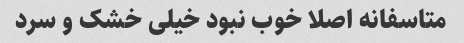
متاسفانه اصلا خوب نبود خیلی خشک و سرد